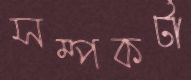
সম্পকর্টা